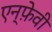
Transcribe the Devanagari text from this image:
एन्फ़ेवी